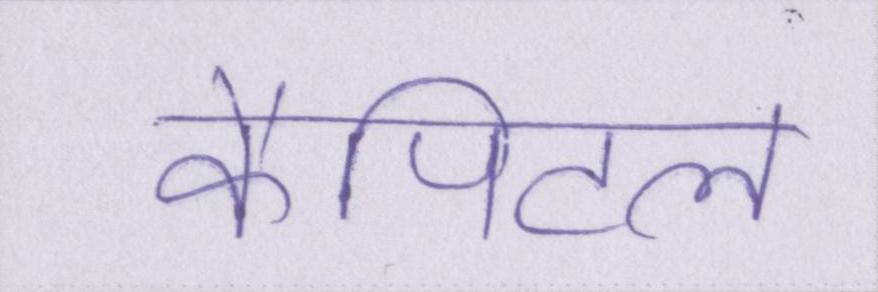
कैपिटल